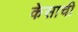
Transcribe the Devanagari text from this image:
केसाची